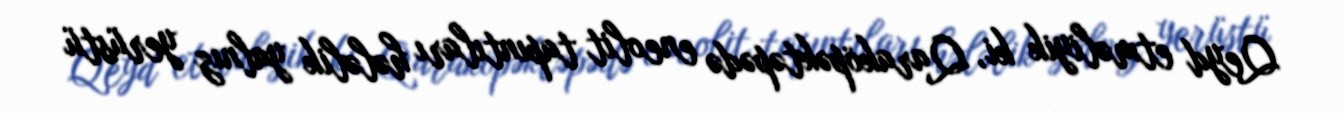
Qeyd etməliyik ki, Qaraköpəktəpədə eneolit tapıntıları hələlik yalnız yerüstü